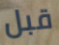
قبل